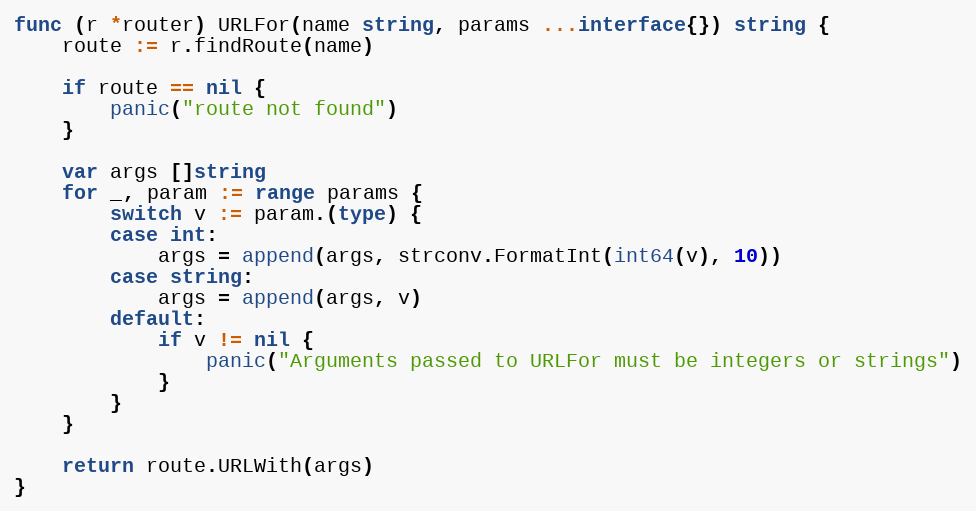
Language: Go
func (r *router) URLFor(name string, params ...interface{}) string {
	route := r.findRoute(name)

	if route == nil {
		panic("route not found")
	}

	var args []string
	for _, param := range params {
		switch v := param.(type) {
		case int:
			args = append(args, strconv.FormatInt(int64(v), 10))
		case string:
			args = append(args, v)
		default:
			if v != nil {
				panic("Arguments passed to URLFor must be integers or strings")
			}
		}
	}

	return route.URLWith(args)
}